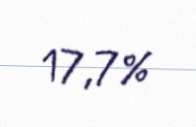
17,7%